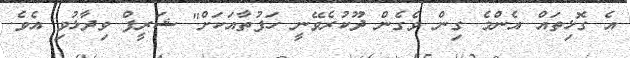
އެ ގޮޅިތައް އެންމެ ގިން ވެގެން ދޫކުރެވޭނީ ހަފުތާއަކަށް" ޝަރީފް ވިދާޅުވި އެވެ.